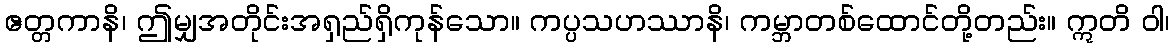
ဧတ္တကာနိ၊ ဤမျှအတိုင်းအရှည်ရှိကုန်သော။ ကပ္ပသဟဿာနိ၊ ကမ္ဘာတစ်ထောင်တို့တည်း။ ဣတိ ဝါ၊